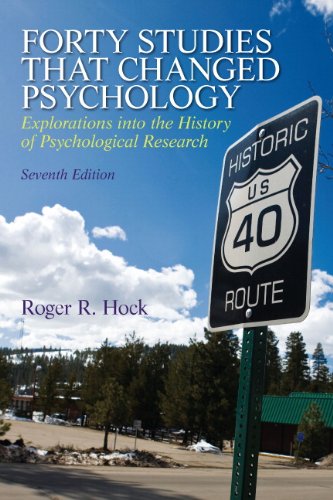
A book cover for Forty Studies that Changed Psychology (7th Edition); Roger R. Hock Ph.D.; Medical Books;